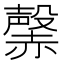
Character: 𧹷